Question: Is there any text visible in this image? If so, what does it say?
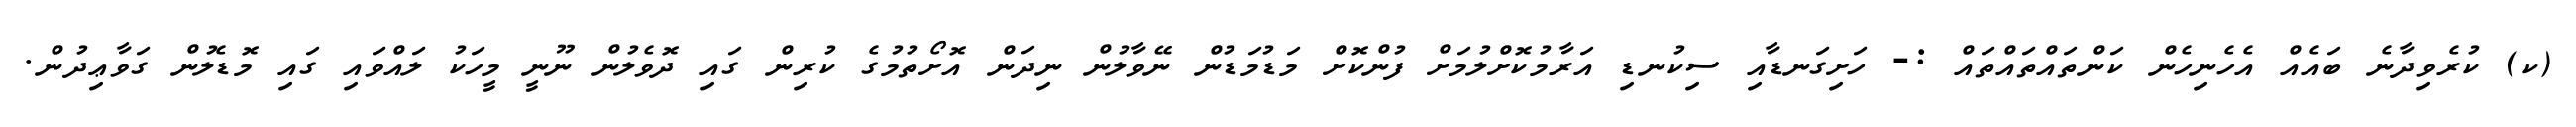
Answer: (ކ) ކުރެވިދާނެ ބައެއް އެހެނިހެން ކަންތައްތައްތައް :- ހަށިގަނޑާއި ސިކުނޑި އަރާމުކޮށްލުމަށް ފުންކޮށް މަޑުމަޑުން ނޭވާލުން ނިދަން އޮށޯތުމުގެ ކުރިން ގައި ދޮވެލުން ނޫނީ މީހަކު ލައްވައި ގައި މޮޑެލުން ގަވާޢިދުން.